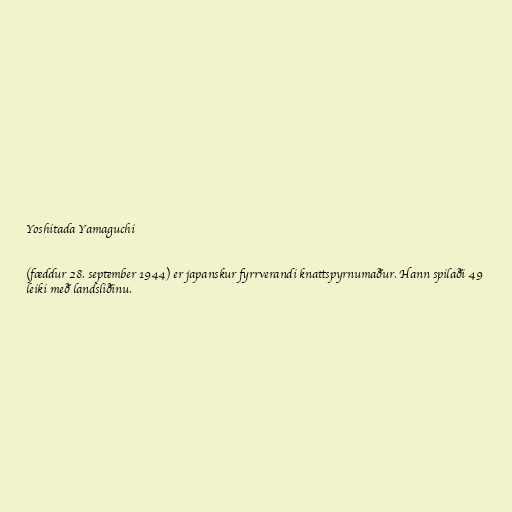
Yoshitada Yamaguchi

(fæddur 28. september 1944) er japanskur fyrrverandi knattspyrnumaður. Hann spilaði 49
leiki með landsliðinu.